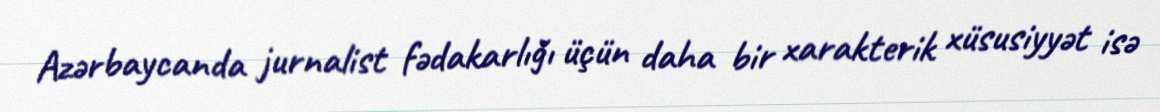
Azərbaycanda jurnalist fədakarlığı üçün daha bir xarakterik xüsusiyyət isə